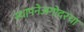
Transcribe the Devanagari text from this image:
स्थापनेअगोदरचा